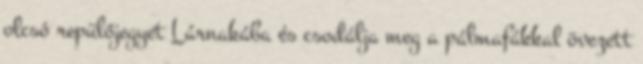
olcsó repülőjegyet Lárnakába és csodálja meg a pálmafákkal övezett